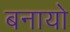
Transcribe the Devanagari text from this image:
बनायो